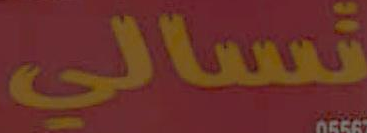
تسالي